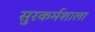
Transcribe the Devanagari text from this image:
सुरकर्मशाला